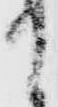
て